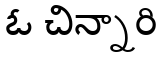
ఓ చిన్నారి